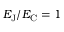
E _ { \mathrm { { J } } } / E _ { \mathrm { { C } } } = 1